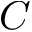
C